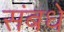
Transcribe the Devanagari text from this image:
संबधे